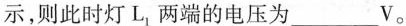
示，则此时灯L_{1}，两端的电压为___V。